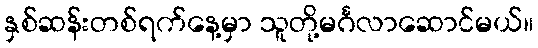
နှစ်ဆန်းတစ်ရက်နေ့မှာ သူတို့မင်္ဂလာဆောင်မယ်။